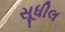
સૂધીલ